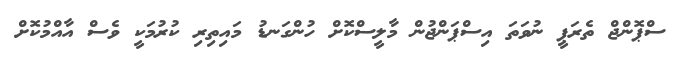
ސްޕޮންޖް ތެރަޕީ ނުވަތަ އިސްޕަންޖުން މާލީސްކޮށް ހުންގަނޑު މައިތިރި ކުރުމަކީ ވެސް އާއްމުކޮށް